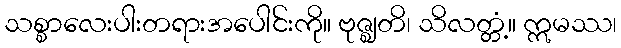
သစ္စာလေးပါးတရားအပေါင်းကို။ ဗုဇ္ဈတိ၊ သိလတ္တံ့။ ဣမဿ၊